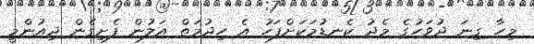
މިހާ ގިނަ ދުވަހުގެ މެދު ކެނޑުމަކަށްފަހު އެ ހިދުމަތް އަލުން ފެށިގެން ދިއުންމީ